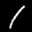
Label: 1